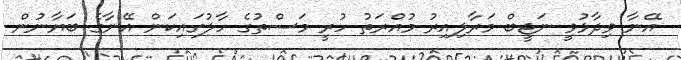
އޭނާ ވިދާޅުވީ ނަޖީބް މަރާލިއިރު މުއްރަތު ހުރީ މަސްތުގެ ހާލުގައިކަން އޭނާގެ ބަޔާނުން